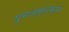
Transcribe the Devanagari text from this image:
पुनःहस्ताक्षर